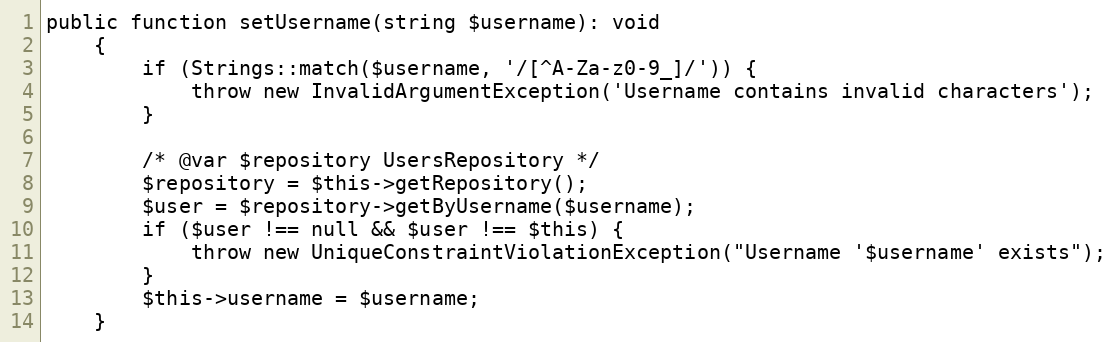
Language: PHP
public function setUsername(string $username): void
	{
		if (Strings::match($username, '/[^A-Za-z0-9_]/')) {
			throw new InvalidArgumentException('Username contains invalid characters');
		}

		/* @var $repository UsersRepository */
		$repository = $this->getRepository();
		$user = $repository->getByUsername($username);
		if ($user !== null && $user !== $this) {
			throw new UniqueConstraintViolationException("Username '$username' exists");
		}
		$this->username = $username;
	}